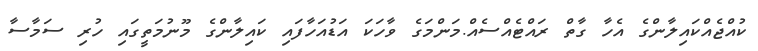
ކުއްޖެއްކައިލާންގެ އެހާ ގާތް ރައްޓެއްސެއް.މަންމަގެ ވާހަކަ އަޑުއަހާފައި ކައިލާންގެ މޫނުމަތީގައި ހުރި ސަމާސާ